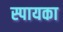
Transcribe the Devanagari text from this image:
स्पायका